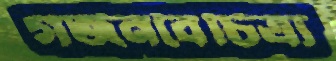
গর্জনবৈচিত্র্য